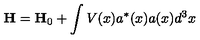
\mathbf { H } = \mathbf { H } _ { 0 } + \int V ( x ) a ^ { * } ( x ) a ( x ) d ^ { 3 } x